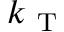
k _ { \mathrm { ~ T ~ } }